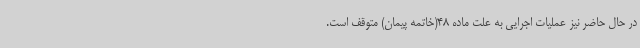
در حال حاضر نیز عملیات اجرایی به علت ماده 48(خاتمه پیمان) متوقف است.